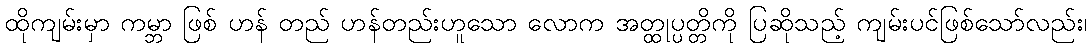
ထိုကျမ်းမှာ ကမ္ဘာ ဖြစ် ဟန် တည် ဟန်တည်းဟူသော လောက အတ္ထုပ္ပတ္တိကို ပြဆိုသည့် ကျမ်းပင်ဖြစ်သော်လည်း၊